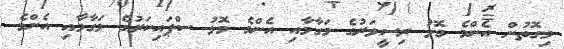
މިގޮތުން އެންމެ މޮޅު ރިސީވަރުގެ މަގާމާއި އެންމެ މޮޅު ސްޕައިކަރުގެ މަގާމާއި އެންމެ